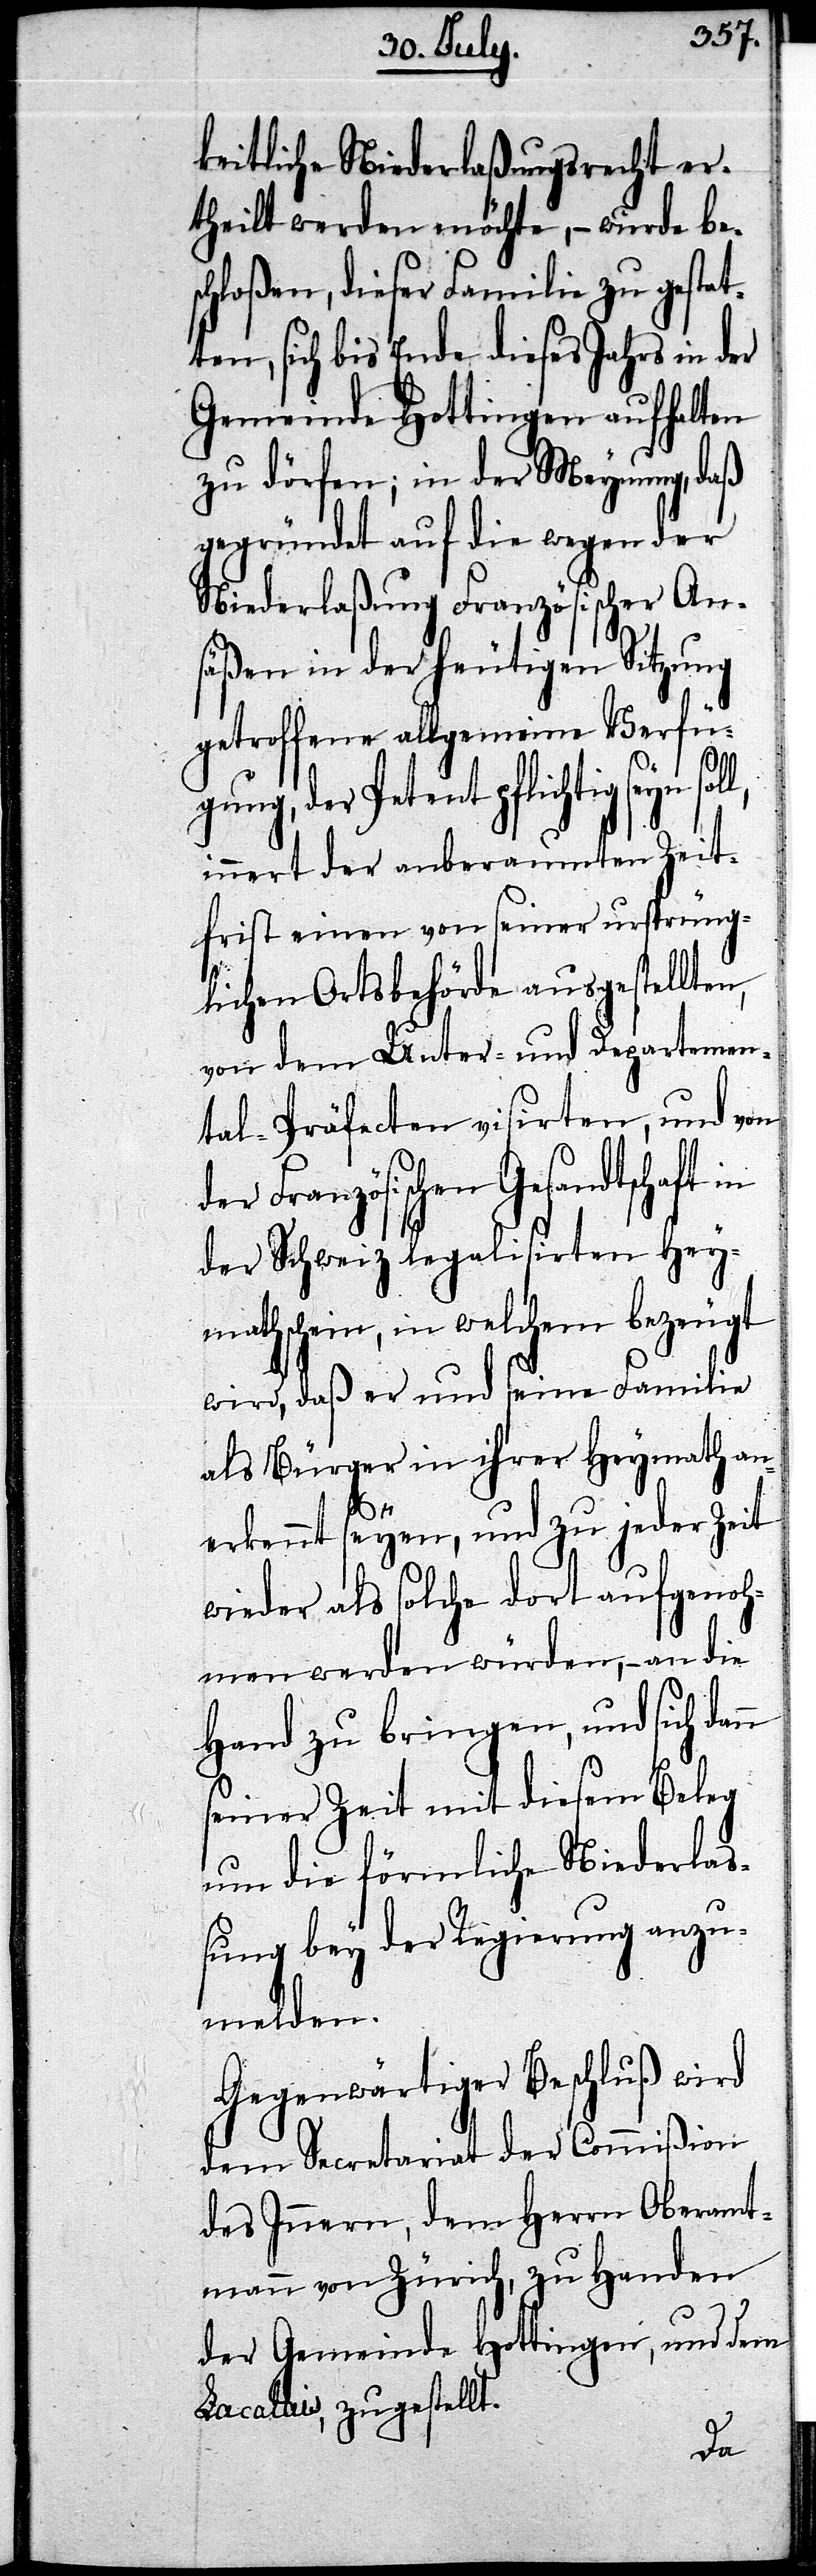
keitliche Niederlaßungsrecht er¬
theilt werden möchte, – wurde be¬
schloßen, dieser Familie zu gestat¬
ten, sich bis Ende dieses Jahrs in der
Gemeinde Hottingen aufhalten
zu dörfen; in der Meynung, daß
gegründet auf die wegen der
Niederlaßung Französischer An¬
säßen in der heutigen Sitzung
getroffene allgemeine Verfü¬
gung, der Petent pflichtig seyn
innert der anberaumten Zeit¬
frist einen von seiner ursprüng¬
lichen Ortsbehörde ausgestellten,
von dem Unter- und Departemen¬
tal-Präfecten visirten, und von
Französischen Gesandtschaft
der Schweiz legalisirten Hey¬
mathschein, in welchem bezeugt
wird, daß er und seine Familie
als Bürger in ihrer Heymath an¬
n
erkennt seyen, und zu jeder Zeit
wieder als solche dort aufgenoh¬
men werden würden, an die
Hand zu bringen, und sich dan¬
seiner Zeit mit diesem Beleg
um die förmliche Niederla¬
ßung bey der Regierung anzu¬
melden.
Gegenwärtiger Beschluß wird
dem Secretariat der Commißion
des Innern, dem Herrn Oberamt¬
mann von Zürich, zu Handen
der Gemeinde Hottingen, und dem
[sic!], zugestellt.